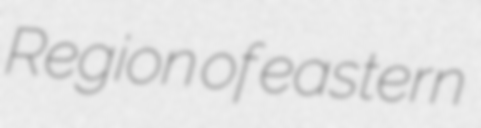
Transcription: Region of eastern